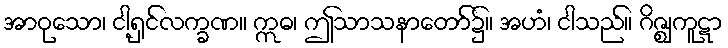
အာဝုသော၊ ငါ့ရှင်လက္ခဏ။ ဣဓ၊ ဤသာသနာတော်၌။ အဟံ၊ ငါသည်။ ဂိဇ္ဈကူဋာ